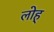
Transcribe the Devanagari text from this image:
लोह्